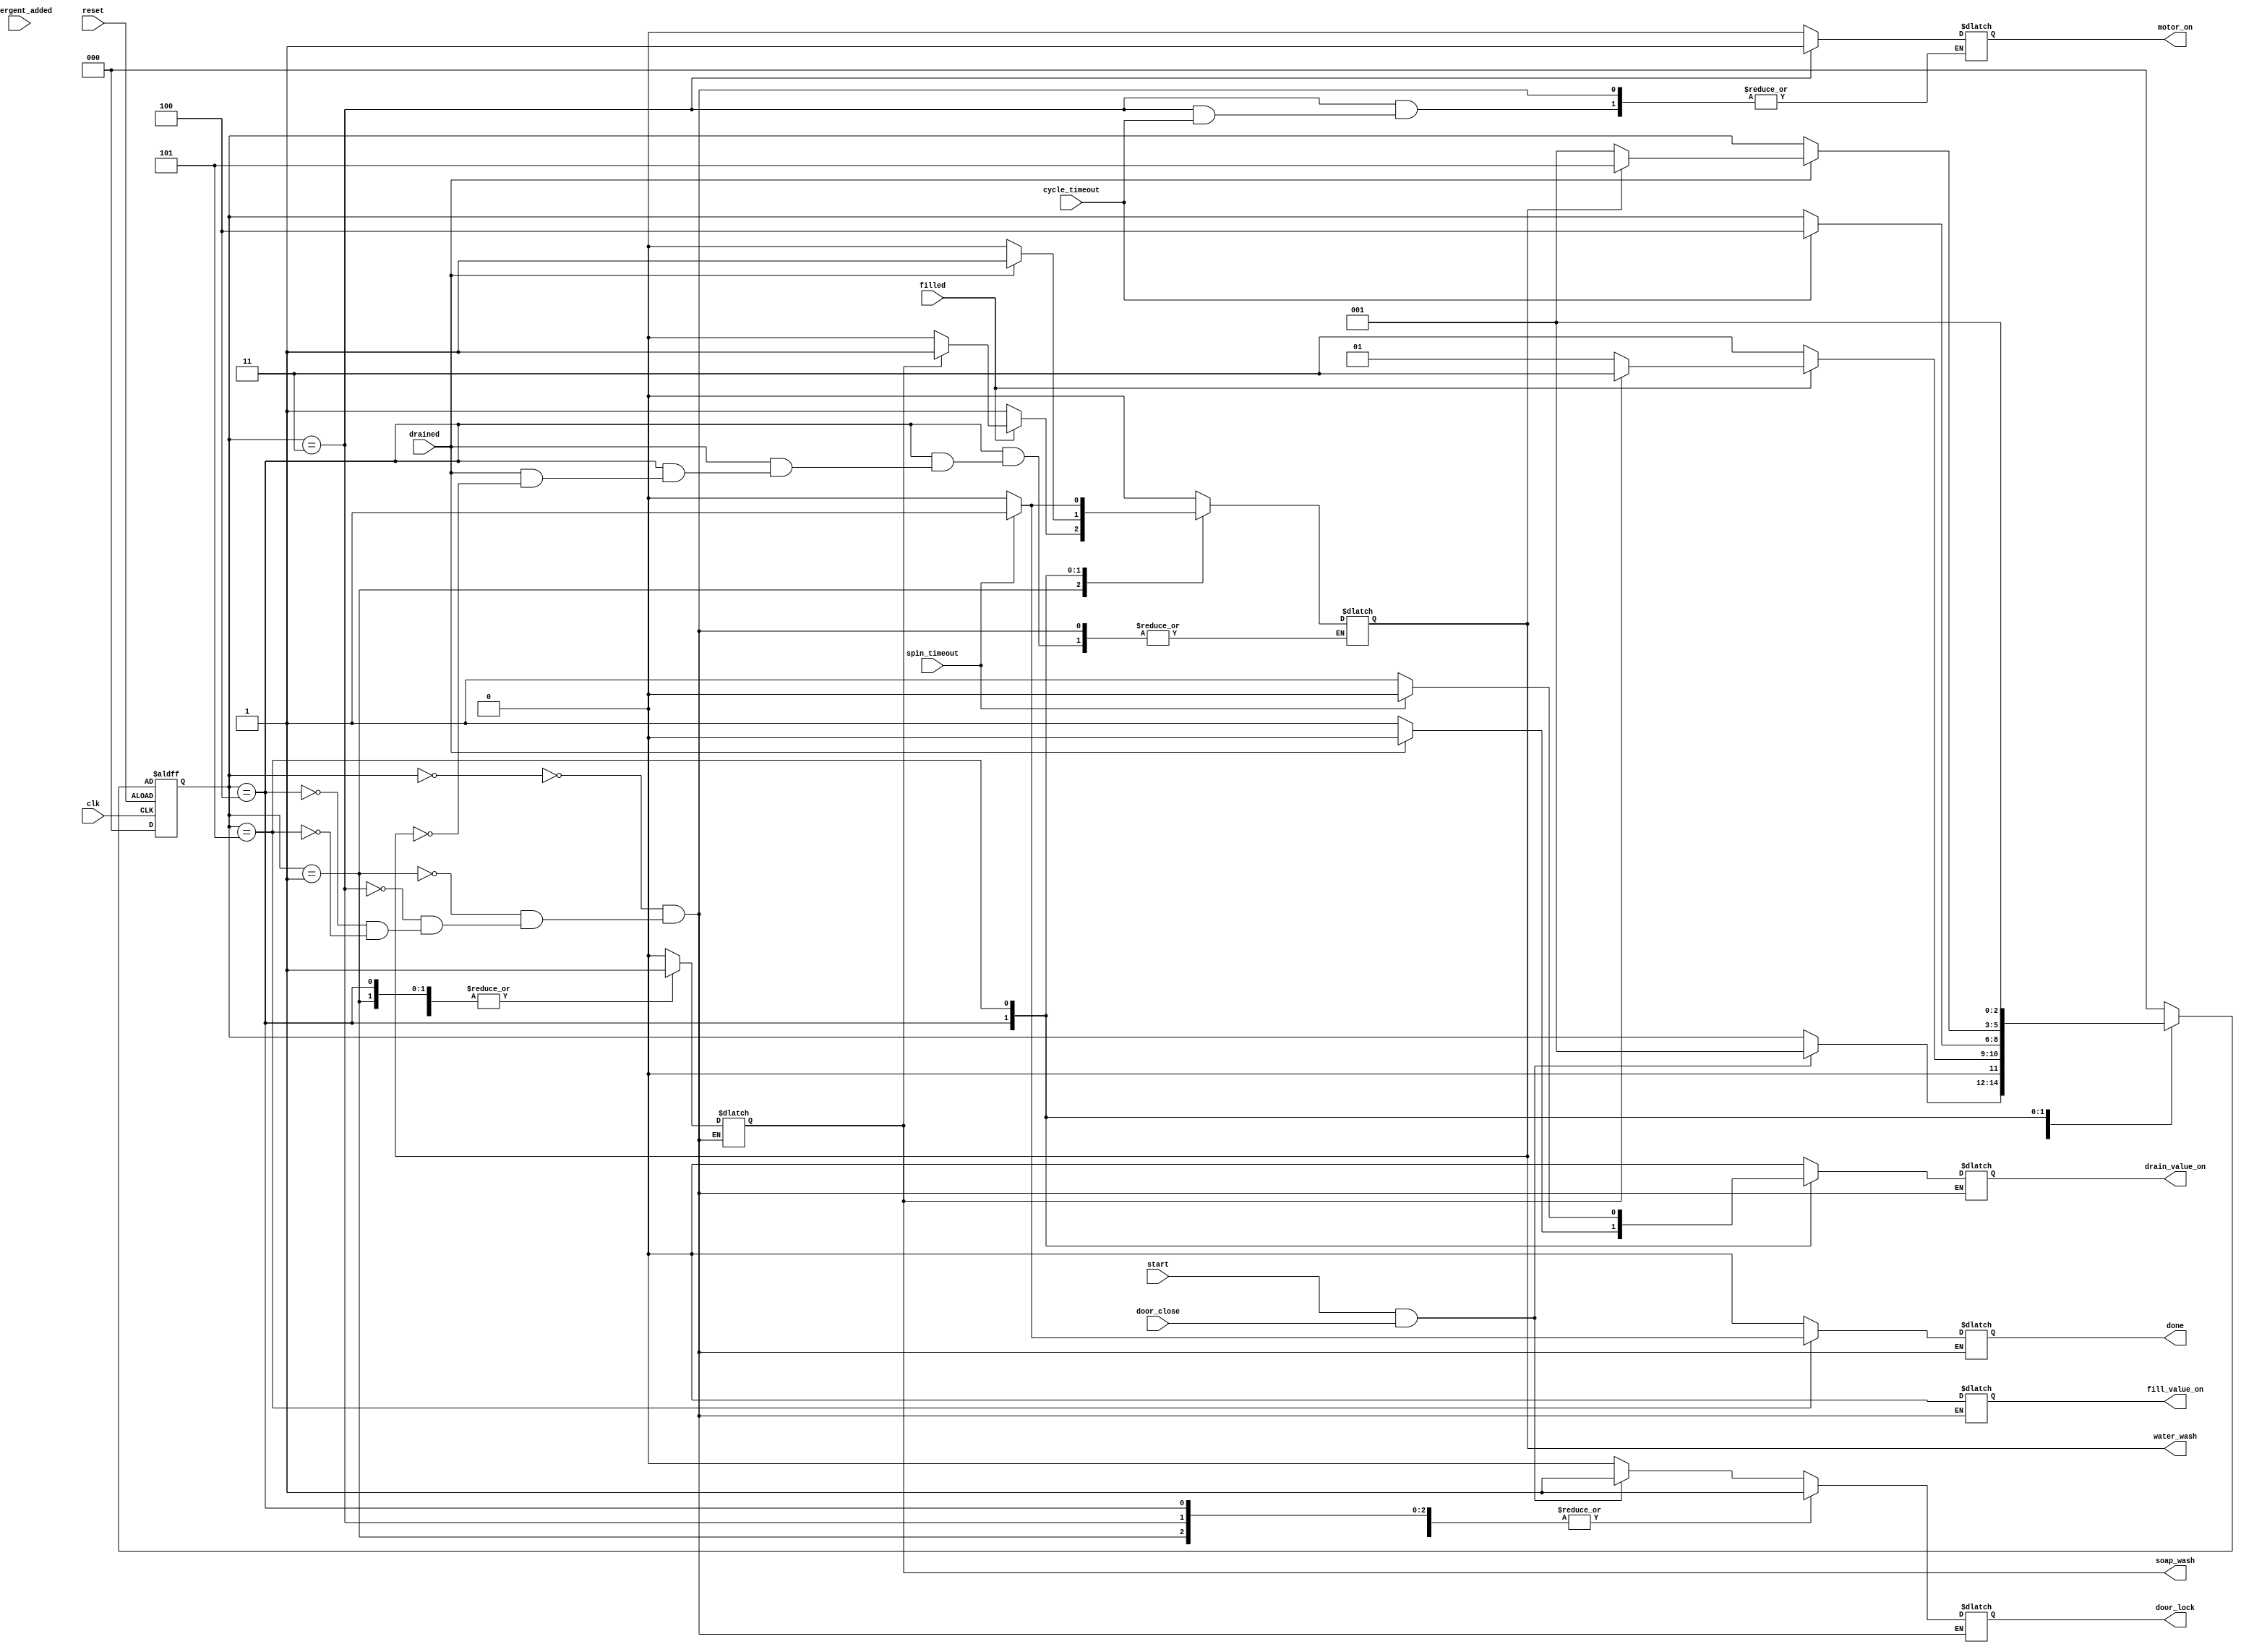
`timescale 1ns / 1ps
//////////////////////////////////////////////////////////////////////////////////
// Company: 
// Engineer: 
// 
// Design Name: 
// Module Name:    auto_washmech 
// Project Name: 
// Target Devices: 
// Tool versions: 
// Description: 
//
// Dependencies: 
//
// Revision: 
// Revision 0.01 - File Created
// Additional Comments: 
//
//////////////////////////////////////////////////////////////////////////////////
module auto_washmech(clk,reset,door_close,start,filled,detergent_added,cycle_timeout,drained,spin_timeout,
    door_lock,motor_on,fill_value_on,drain_value_on,done,soap_wash,water_wash);
    input clk,reset,door_close,start,filled,detergent_added,cycle_timeout,drained,spin_timeout;
    output reg door_lock,motor_on,fill_value_on,drain_value_on,done,soap_wash,water_wash;

	 
	 parameter check_door = 3'b000;
	 parameter fill_water = 3'b001;
    parameter add_detergent = 3'b01;
	 parameter cycle = 3'b011;
	 parameter drain_water = 3'b100;
	 parameter spin = 3'b101;
	 reg[2:0] current_state,next_state;
	 always@(current_state or next_state or door_close or filled or detergent_added or drained or cycle_timeout or spin_timeout)
	 begin 
	  case(current_state)
	   check_door: if(start==1 && door_close==1)
		            begin 
		            next_state = fill_water;
		            motor_on = 0;
		            fill_value_on = 0;
		            drain_value_on = 0;
		            door_lock = 1;
		            soap_wash = 0;
		            water_wash = 0;
		            done = 0;
		            end
						else
						begin
						next_state = current_state;
						motor_on = 0;
		            fill_value_on = 0;
		            drain_value_on = 0;
		            door_lock = 0;
		            soap_wash = 0;
		            water_wash = 0;
		            done = 0;
						end
		fill_water: if(filled==1)
		            begin
						 if(soap_wash==0)
						 begin
						 next_state = add_detergent;
						 motor_on = 0;
		             fill_value_on = 0;
		             drain_value_on = 0;
		             door_lock = 1;
		             soap_wash = 1;
		             water_wash = 0;
		             done = 0;
						 end
						 else
						 begin
						 next_state = cycle;
						 motor_on = 0;
		             fill_value_on = 0;
		             drain_value_on = 0;
		             door_lock = 1;
		             soap_wash = 1;
		             water_wash = 1;
		             done = 0;
						 end
						end
						else
						begin
						 next_state = cycle;
						 motor_on = 0;
		             fill_value_on = 0;
		             drain_value_on = 0;
		             door_lock = 1;
		             soap_wash = 1;
		             water_wash = 1;
		             done = 0;
						end
		add_detergent: if(detergent_added == 1)
		                begin
							  next_state = cycle;
						     motor_on = 0;
		                 fill_value_on = 0;
		                 drain_value_on = 0;
		                 door_lock = 1;
		                 soap_wash = 1;
		                 water_wash = 0;
		                 done = 0;
							 end
							 else
							 begin
							   next_state = current_state;
						      motor_on = 0;
		                  fill_value_on = 0;
		                  drain_value_on = 0;
		                  door_lock = 1;
		                  soap_wash = 1;
		                  water_wash = 0;
		                  done = 0;
							 end
		cycle :   if(cycle_timeout == 1)
		          begin
					    next_state = drain_water;
		             fill_value_on = 0;
		             drain_value_on = 0;
		             door_lock = 1;
		             soap_wash = 0;
		             water_wash = 0;
		             done = 0;
					 end
					 else
					 begin
					    next_state = current_state;
						 motor_on = 1;
		             fill_value_on = 0;
		             drain_value_on = 0;
		             door_lock = 1;
		             soap_wash = 0;
		             water_wash = 0;
		             done = 0;
						end
		drain_water :if(drained == 1)
		             begin
						   if(water_wash==0)
							begin
							  next_state = fill_water;
						     motor_on = 0;
		                 fill_value_on = 0;
		                 drain_value_on = 0;
		                 door_lock = 1;
		                 soap_wash = 1;
		                 done = 0; 
							end
							else
							begin
							    next_state = spin;
						       motor_on = 0;
		                   fill_value_on = 0;
		                   drain_value_on = 0;
		                   door_lock = 1;
		                   soap_wash = 1;
		                   water_wash = 1;
		                   done = 0;
							end
						 end
						 else
						 begin
						  next_state = current_state;
						  motor_on = 0;
		              fill_value_on = 0;
		              drain_value_on = 1;
		              door_lock = 1;
		              soap_wash = 1;
		              water_wash = 0;
		              done = 0;
						 end
		spin : if(spin_timeout == 1)
		      begin
				   next_state = add_detergent;
				   motor_on = 0;
		         fill_value_on = 0;
		         drain_value_on = 0;
		         door_lock = 1;
		         soap_wash = 1;
               water_wash = 1;
					done = 1;
				end
				else
				begin
				  next_state = add_detergent;
				  motor_on = 0;
		        fill_value_on = 0;
		        drain_value_on = 1;
	           door_lock = 1;
				  soap_wash = 1;
				  water_wash = 0;
				  done = 0;
				end
     default:
          next_state = check_door;
     endcase
   end	
always@(posedge clk or negedge reset)
begin
 if(reset)
 begin
 current_state <= 3'b000;
 end
 else
 begin
 current_state <= next_state;
 end
end
endmodule